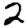
Digit: 2